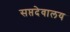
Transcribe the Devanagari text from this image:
सप्तदेवालय